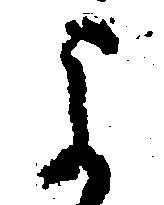
よ